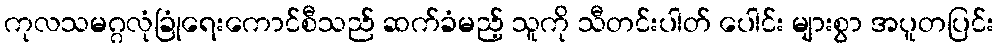
ကုလသမဂ္ဂလုံခြုံရေးကောင်စီသည် ဆက်ခံမည့် သူကို သီတင်းပါတ် ပေါင်း များစွာ အပူတပြင်း